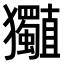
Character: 𤣡